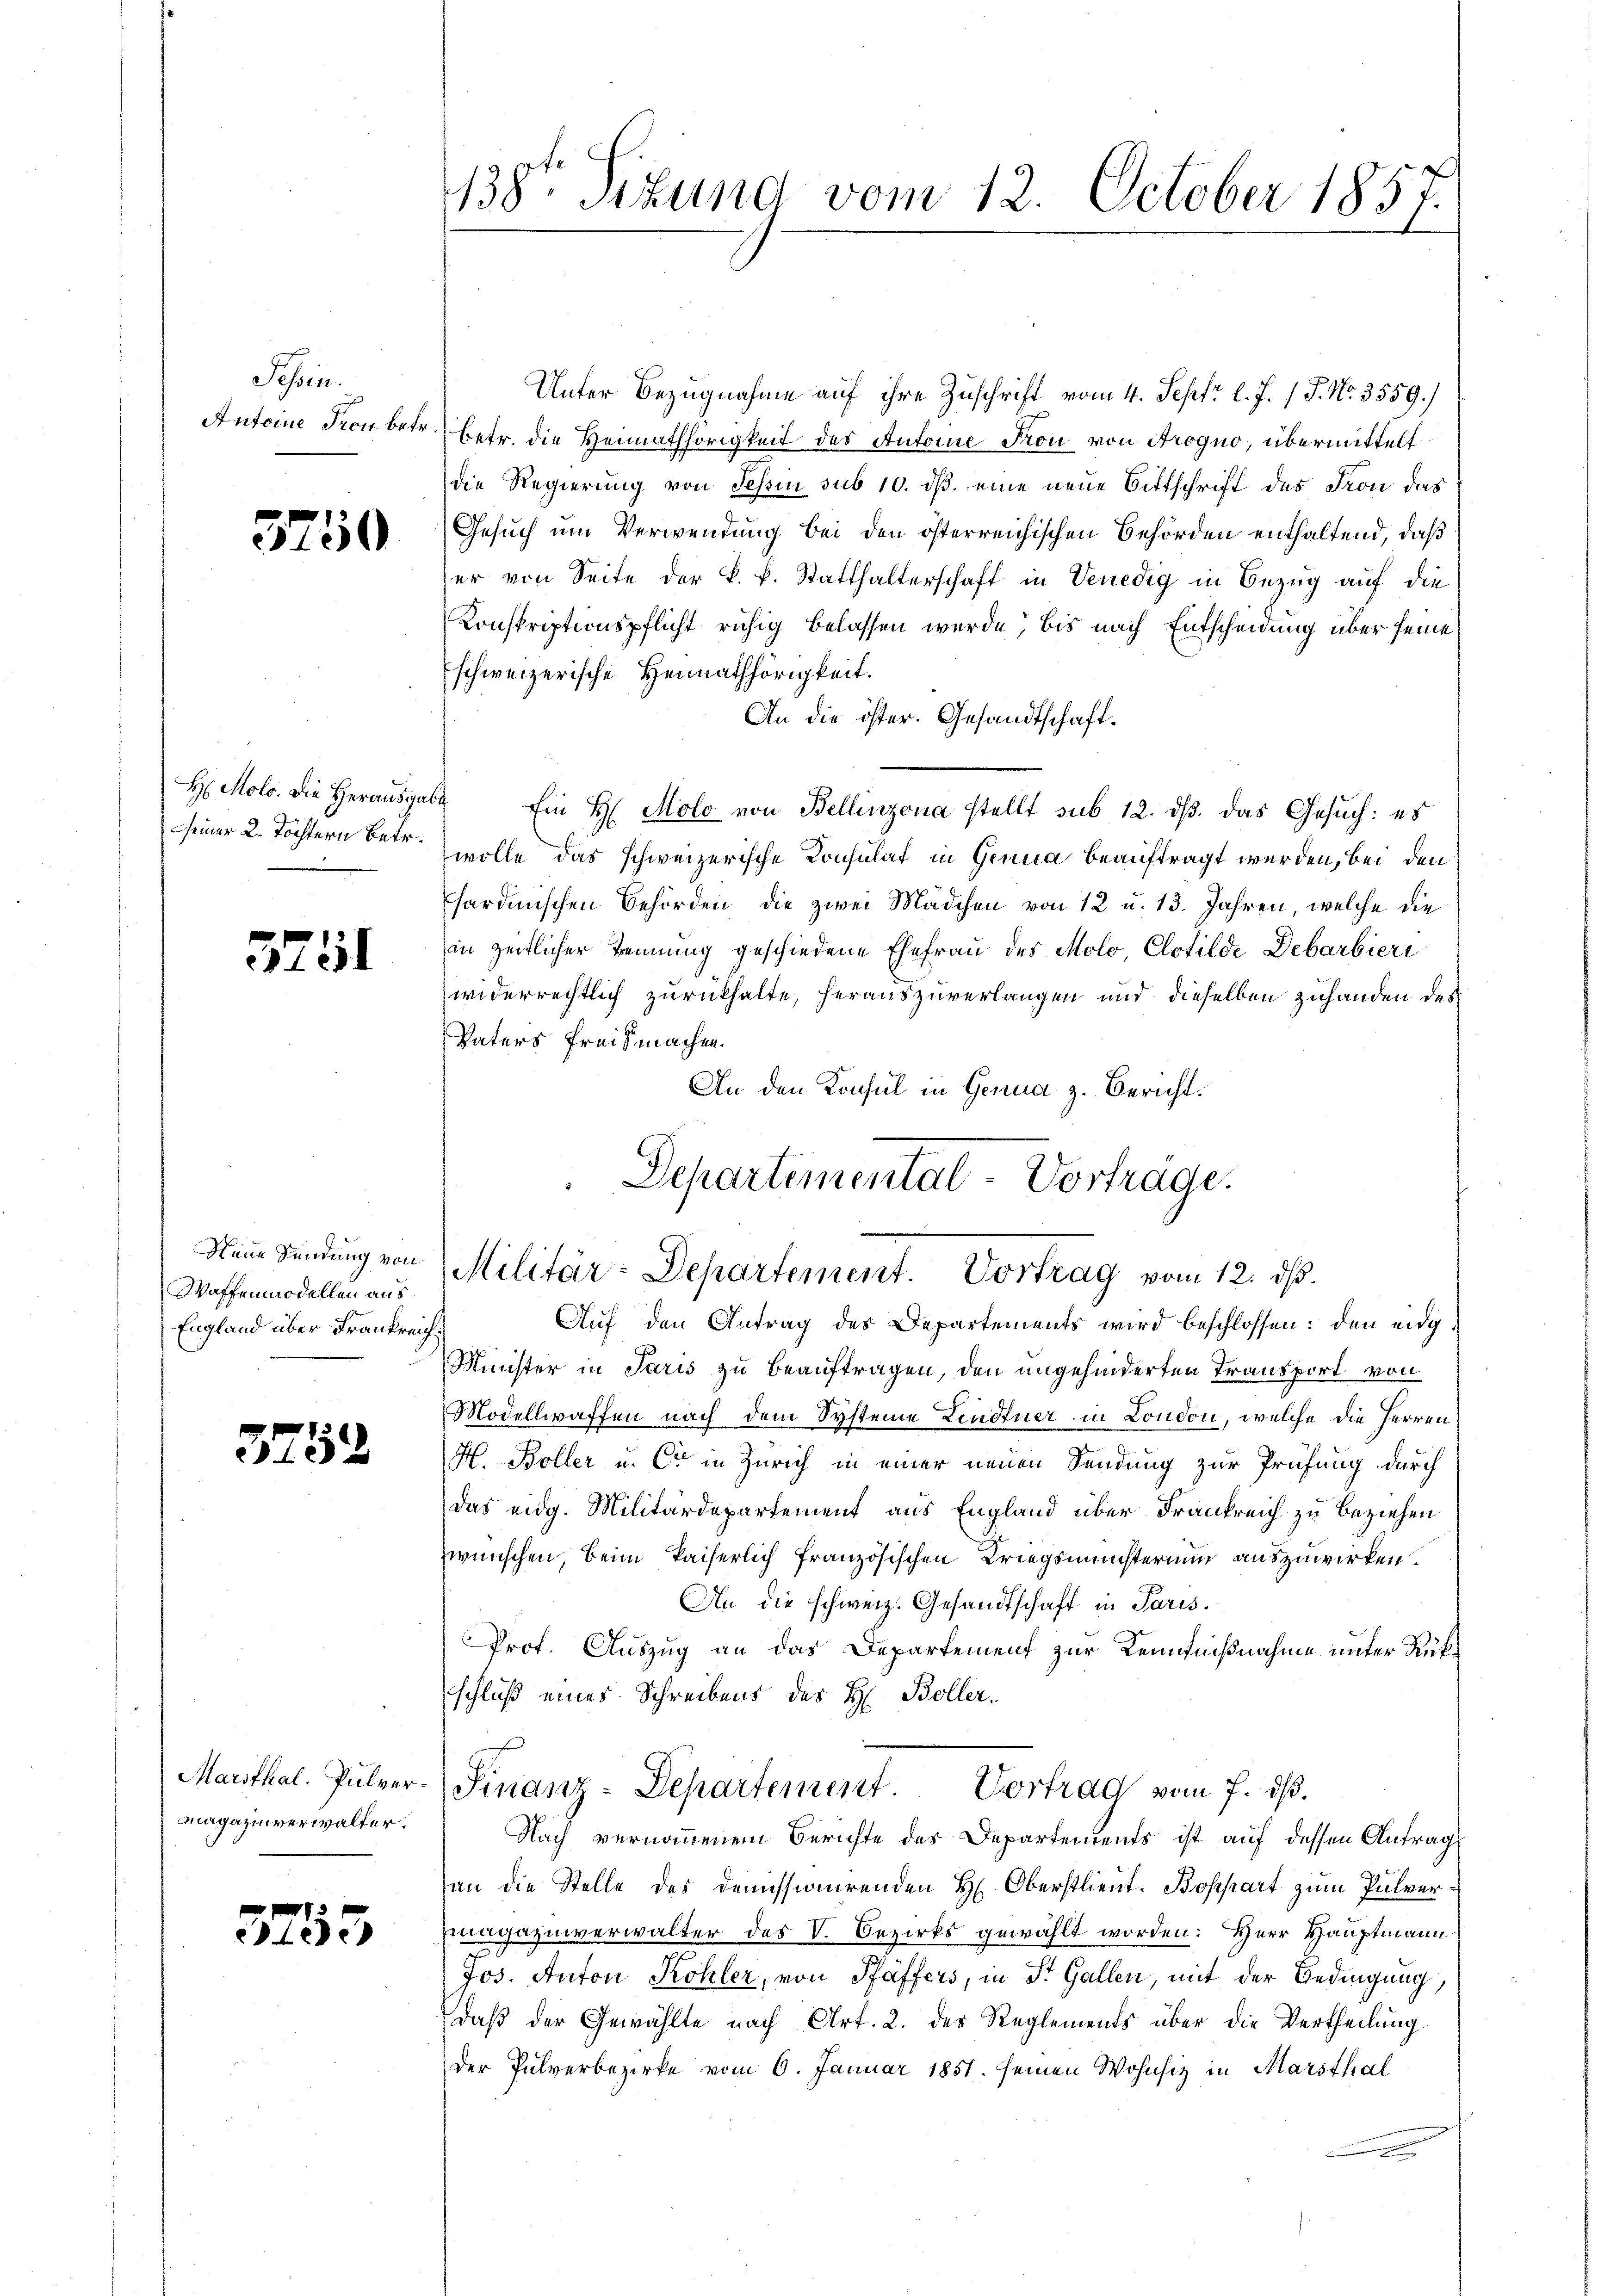
Schen.
Antoine Fron betr.

3750

H Molo. Die Herausgelseiner 2. Töchtern Betr.

529

Neue Sendung von
Waffenmodellen aus
England über Frankreich

3752

Marsthal. Pulvermagazinverwalter.

3753

1138te Situng vom 12. October 1857.

Unter Bezugnahme auf ihre Zuschrift vom 4. Sept. l. J. J. No. 3559.)
betr. die Heimathörigkeit des Antone Fron von Progno, übermittelt.
die Regierung von Schin sub 10. ds. eine neue Bittschrift des Fron der
Gesuch um Verwendung bei den österreichischen Behörden enthaltend, daß
er von Seite der k. k. Statthalterschaft in Venedig in Bezug auf die
Konskriptionspflicht ruhig belassen wurde, bis nach Entscheidung über seine
schweizerische Heimathörigkeit.
An die öster. Gesandtschaft¬
64. Ein H. Molo von Bellinzona stellt sub 12. dß das Gesuch: es
wolle das schweizerische Konsulat in Genua beauftragt werden, bei den
sardinischen Behörden, die zwei Mädchen von 12 u. 13. Jahren, welche die
in zeitlicher kennung geschiedene Ehefrau des Molo Clotilde Debarbieri
widerrechtlich zurückhalte, herauszuverlangen und dieselben zuhanden des
Vaters Freis machen.
An den Konsul in Genua z. Bericht.
Minister in Paris zu beauftragen, den angehinderten Transport von
Modellwaffen nach dem Systeme Leudtner in London, welche die Herren
H. Boller u. Er in Zürich in einer neuen Sendung zur Prüfung durch
das eidg. Militärdepartement aus England über Frankreich zu beziehen
zwünschen, beim kaiserlich französischen Kriegsmünsterium auszuwirken.
An die schweiz. Gesandtschaft in Paris.
Prof. Auszug an das Departement zur Kenntnißnahme unter Rükschluß eines Schreibens des H. Boller.
Finanz-Departement Vortrag vom 7. ds.
Nach vernommenem Berichte des Departements ist auf dessen Antrag
an die Stelle des demissionirenden H. Oberstlieut. Bossart zum Pulver¬
Emagazinverwalter des V. Bezirks gewählt worden: Herr Hauptmann
Jos. Anton Kohler, von Pfäffers, in St. Gallen, mit der Bedingung,
daß der Gewählte nach Art. 2. der Reglements über die Vertheilung
der Pulverbezirke vom 6. Januar 1851. seinen Wohnsiz in Marsthal
e

Separtemental-Vortrage.
Militär-Departement. Vortrag vom 12. dß.
Auf den Antrag des Departements wird beschlossen: den eidg¬